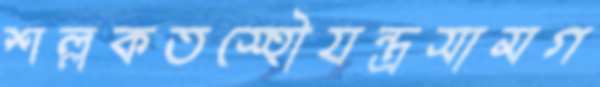
শল্লকতস্হৌযন্ত্রসামগ